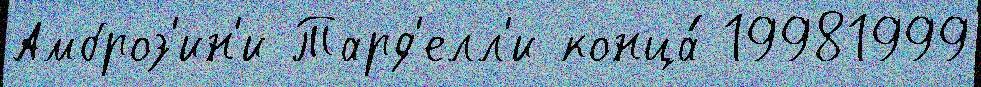
Амброз'ин'и Тард'елл'и конца́ 19981999